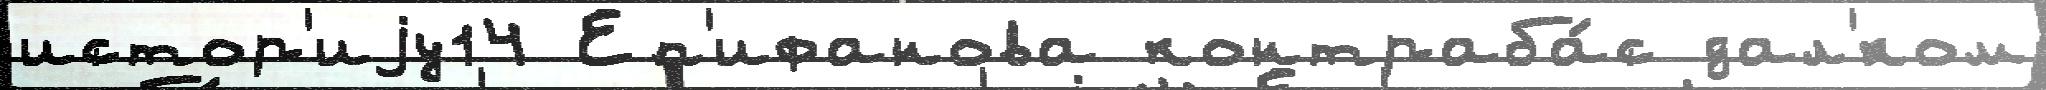
истор'иjу14 Еп'ифанова контраба́с дал'́ком